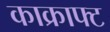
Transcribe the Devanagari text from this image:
काक्राफ्ट